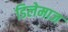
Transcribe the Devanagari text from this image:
डिलेमाज